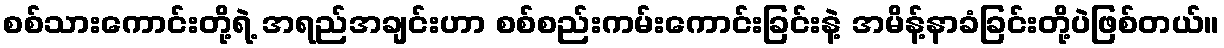
စစ်သားကောင်းတို့ရဲ့ အရည်အချင်းဟာ စစ်စည်းကမ်းကောင်းခြင်းနဲ့ အမိန့်နာခံခြင်းတို့ပဲဖြစ်တယ်။